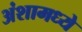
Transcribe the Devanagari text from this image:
अंशामध्ये